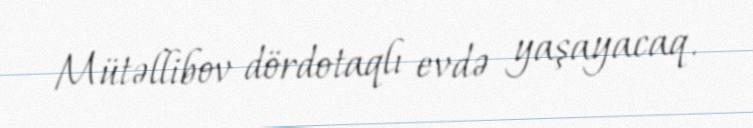
Mütəllibov dördotaqlı evdə yaşayacaq.